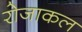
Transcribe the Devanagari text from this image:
रोजाकल